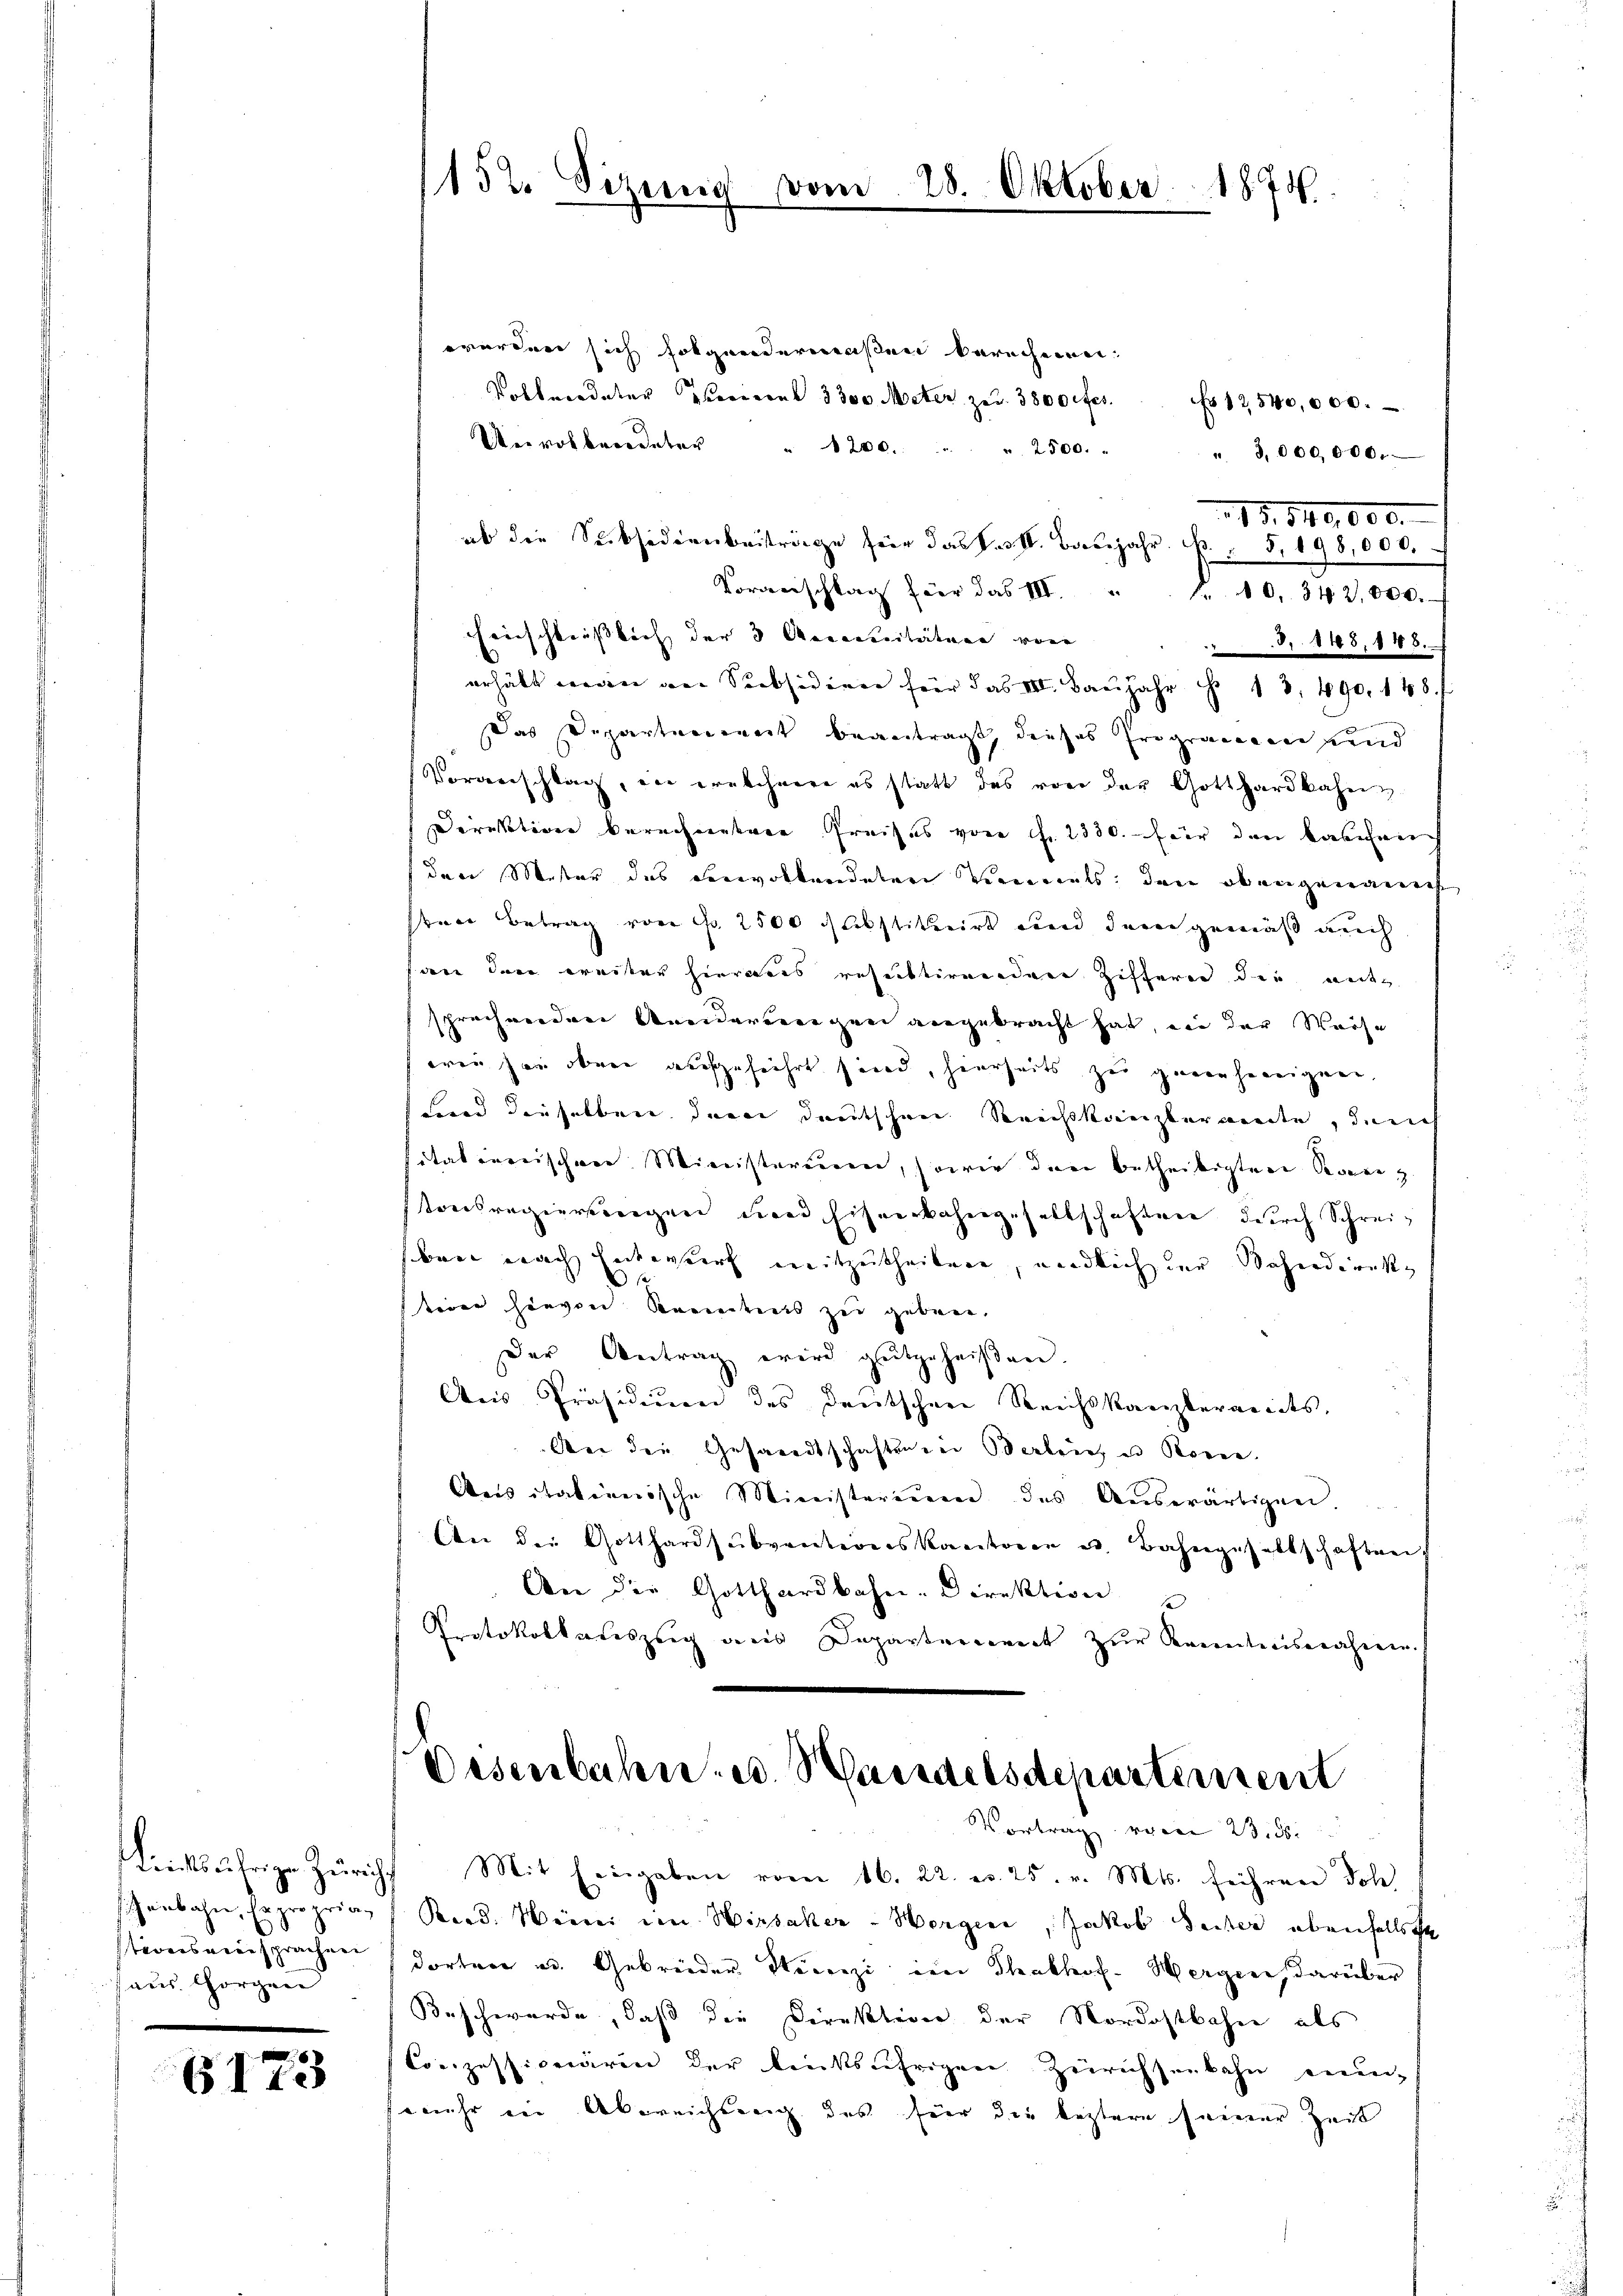
stionsversprachen
aus. Horgen

6173

152. Sizung vom

28. Oktober 1875.

werden sich folgendermaßen berechnei¬
Volkordater Ternern 3300 Meter zur 3800 fes. Fr. 12540,000.
Uerobberedeter " 1200. " " 2500.
" 3,000,000.
15. 540,000.
ab die Subsidienbeiträge für das P. VII. Baŭjahr. f. 5, 198,000.
Voranschlag für das III. " Fr. 10. 342,000.
Einschliesslich der 3 Accentitäten von
§. 1188, 118.
erhält wenn der Subsidien für das III. Baŭjahr S. 13, 490. 148.
Das Departerienart beantragt, dieses Programentend
Vorverschlag, die ernschwere es statt das von der Gotthardkahen
Direktion berechnetene Preises von Fr. 2330. für den laschen
den Meter des Lecivolkendetere Verornals der obengenannt
ben Betrag von Fr. 2500 Abstituirt und dem gemäß reich
f an den weiter hieraus resultirenden Ziffern die ant
sprachwerdere Aneiderserigen angebracht hat, in der Waise
wie sei oben aufgeführt sind, hierseits zu genehmigen.
Lind dieselben der deutschen Reichskanzleramte, durch
sitationischere Ministerium, sowie dann betheiligten Reiz
tonsregierungen und Eisenbahngesellschaften durch Schreiben nach Entwurf mitzutheilen, endlich der Sehendernst
teien hievon Kenntens zu geben,
Der Antrag wird gutgeheißen.
Aus Präsidium des deutschen Reichskanzlerandes,
Aer die Gesandtschaftenden Berlines u Korre
Aeisitativerische Ministerium des Aŭswärtigen,
An die Gotthardsubventionskantonen u. Bahngesellschaften
An die Gotthardbahn-Direktion
Protokollateszug des Departement zur Kenntnisnäheren.
Disenbahn u. Wandelsdepartement
Vortrag von 23. d.
lrichtsübrige Züricht Mit Eingaben vom 16. 22. v. 25. v. Mts. führen Joh.
schenbahn, Exproprian Bord. Weiner im Hirsaker-Horgen, Jakob Seiter ebenfallscha
dorten und Gebreider Studenzi im Thalhof. Wergen, darüber
Beschwerde, daß die Direktion der Nordostbahn als
Conzessionärin der linksjährigen Zurechsenbahn einmmehr die Abreichsang des hier die leztere seiner Zeit